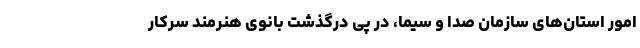
امور استان‌های سازمان صدا و سیما، در پی درگذشت بانوی هنرمند سرکار